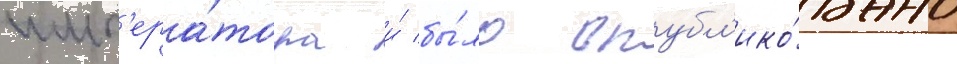
имп'ера́тора и́ бы́ло опубл'ико́вано